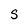
Character: s